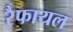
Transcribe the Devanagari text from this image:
रैफायल